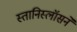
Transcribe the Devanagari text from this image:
स्तानिस्लॉसने